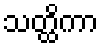
သတ္ထိကာ